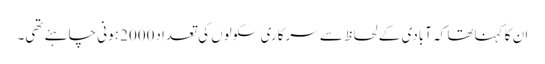
ان کا کہناتھا کہ آبادی کے لحاظ سے سرکاری سکولوں کی تعداد2000 ہونی چاہئے تھی۔